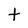
Character: t